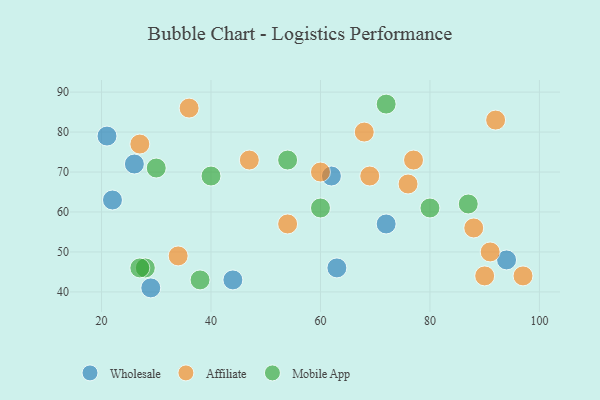
{"axis": {"x": "GDP", "y": "Life Expectancy"}, "legend": ["Affiliate", "Mobile App", "Wholesale"], "data": [{"x": "44", "y": 43, "type": "Wholesale"}, {"x": "72", "y": 57, "type": "Wholesale"}, {"x": "62", "y": 69, "type": "Wholesale"}, {"x": "63", "y": 46, "type": "Wholesale"}, {"x": "94", "y": 48, "type": "Wholesale"}, {"x": "22", "y": 63, "type": "Wholesale"}, {"x": "29", "y": 41, "type": "Wholesale"}, {"x": "21", "y": 79, "type": "Wholesale"}, {"x": "26", "y": 72, "type": "Wholesale"}, {"x": "77", "y": 73, "type": "Affiliate"}, {"x": "91", "y": 50, "type": "Affiliate"}, {"x": "47", "y": 73, "type": "Affiliate"}, {"x": "76", "y": 67, "type": "Affiliate"}, {"x": "97", "y": 44, "type": "Affiliate"}, {"x": "60", "y": 70, "type": "Affiliate"}, {"x": "88", "y": 56, "type": "Affiliate"}, {"x": "34", "y": 49, "type": "Affiliate"}, {"x": "54", "y": 57, "type": "Affiliate"}, {"x": "69", "y": 69, "type": "Affiliate"}, {"x": "90", "y": 44, "type": "Affiliate"}, {"x": "36", "y": 86, "type": "Affiliate"}, {"x": "27", "y": 77, "type": "Affiliate"}, {"x": "68", "y": 80, "type": "Affiliate"}, {"x": "92", "y": 83, "type": "Affiliate"}, {"x": "60", "y": 61, "type": "Mobile App"}, {"x": "87", "y": 62, "type": "Mobile App"}, {"x": "80", "y": 61, "type": "Mobile App"}, {"x": "72", "y": 87, "type": "Mobile App"}, {"x": "30", "y": 71, "type": "Mobile App"}, {"x": "28", "y": 46, "type": "Mobile App"}, {"x": "40", "y": 69, "type": "Mobile App"}, {"x": "38", "y": 43, "type": "Mobile App"}, {"x": "27", "y": 46, "type": "Mobile App"}, {"x": "54", "y": 73, "type": "Mobile App"}]}